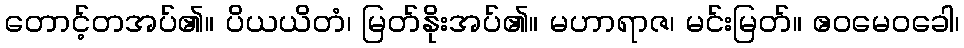
တောင့်တအပ်၏။ ပိယယိတံ၊ မြတ်နိုးအပ်၏။ မဟာရာဇ၊ မင်းမြတ်။ ဧဝမေဝခေါ၊